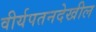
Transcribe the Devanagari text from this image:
वीर्यपतनदेखील